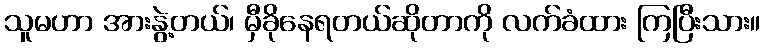
သူမဟာ အားနွဲ့တယ်၊ မှီခိုနေရတယ်ဆိုတာကို လက်ခံထား ကြပြီးသား။